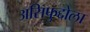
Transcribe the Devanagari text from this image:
असिफुद्दोला